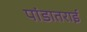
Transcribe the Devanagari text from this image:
पांडातराई